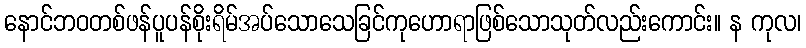
နောင်ဘဝတစ်ဖန်ပူပန်စိုးရိမ်အပ်သောသေခြင်ကုဟောရာဖြစ်သောသုတ်လည်းကောင်း။ န ကုလ၊